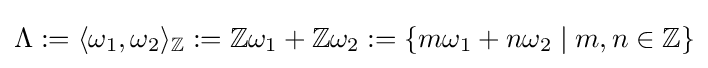
\Lambda :=\langle \omega _{1},\omega _{2}\rangle _{\mathbb {Z} }:=\mathbb {Z} \omega _{1}+\mathbb {Z} \omega _{2}:=\{m\omega _{1}+n\omega _{2}\mid m,n\in \mathbb {Z} \}